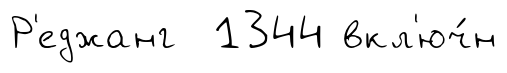
Р'еджанг 1344 вкл'юч́н